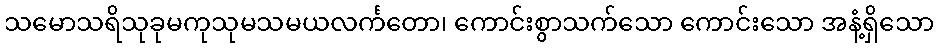
သမောသရိသုခုမကုသုမသမယလင်္ကတော၊ ကောင်းစွာသက်သော ကောင်းသော အနံ့ရှိသော